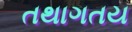
તથાગતય